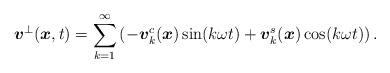
LaTeX: \begin{align*}\begin{aligned}\boldsymbol{v}^{\perp}(\boldsymbol{x},t) = \sum_{k=1}^{\infty} \left(- \boldsymbol{v}_k^c(\boldsymbol{x}) \sin(k \omega t) + \boldsymbol{v}_k^s(\boldsymbol{x}) \cos(k \omega t)\right).\end{aligned}\end{align*}